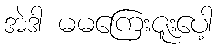
အဲဒါ မမကြေးဇူးပေါ့